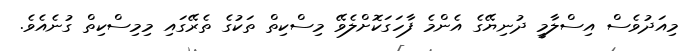
މިއަދުވެސް އިސްލާމީ ދުނިޔޭގެ އެންމެ ފާހަގަކޮށްލެވޭ މިސްކިތް ތަކުގެ ތެރޭގައި މިމިސްކިތް ގުނެއެވެ.